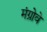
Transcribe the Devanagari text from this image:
मंग्रोवे